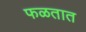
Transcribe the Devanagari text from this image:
फळतात